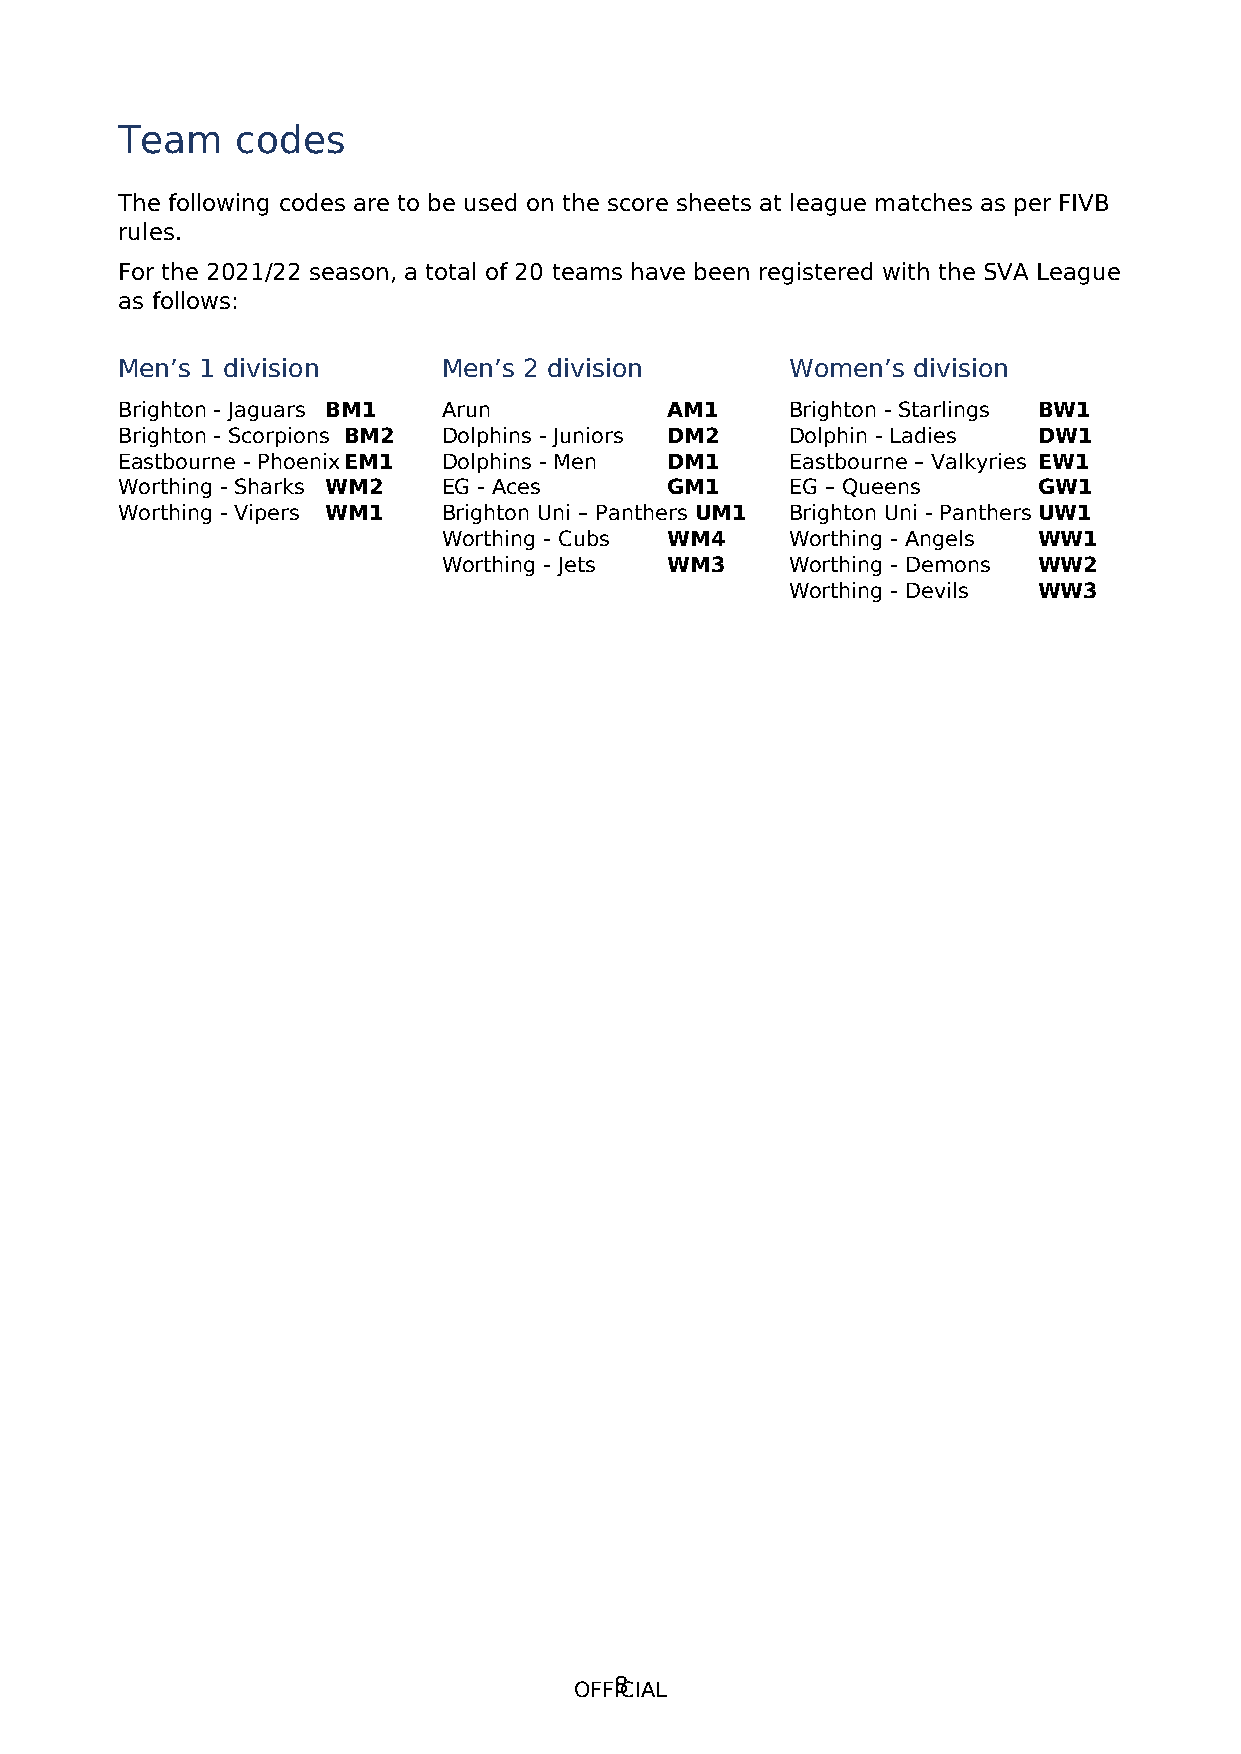
Team    codes
 The following codes are to be used on the score sheets at league matches as per FIVB
 rules.
 For the 2021/22 season, a total of 20 teams have been registered with the SVA League
 as follows:
 Men’s 1 division     Men’s 2 division       Women’s division
 Brighton - Jaguars BM1 Arun         AM1     Brighton - Starlings BW1
 Brighton - Scorpions BM2 Dolphins - Juniors DM2 Dolphin - Ladies DW1
 Eastbourne - PhoenixEM1 Dolphins - Men DM1  Eastbourne – Valkyries EW1
 Worthing - Sharks WM2 EG - Aces     GM1     EG – Queens      GW1
 Worthing - Vipers WM1 Brighton Uni – Panthers UM1 Brighton Uni - PanthersUW1
 Worthing - Cubs WM4    Worthing - Angels WW1
 Worthing - Jets WM3    Worthing - Demons WW2
 Worthing - Devils WW3
 OFF8ICIAL